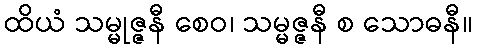
ထိယံ သမ္မုဇ္ဇနီ စေဝ၊ သမ္မဇ္ဇနီ စ သောဓနီ။